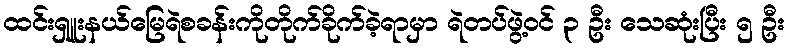
ထင်းရှူးနယ်မြေရဲစခန်းကိုတိုက်ခိုက်ခဲ့ရာမှာ ရဲတပ်ဖွဲ့ဝင် ၃ ဦး သေဆုံးပြီး ၅ ဦး